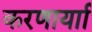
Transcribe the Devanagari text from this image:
करणार्याा